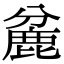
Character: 麄